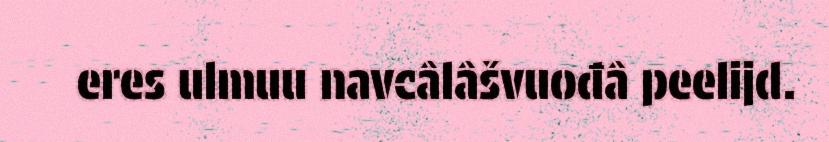
eres ulmuu navcâlâšvuođâ peelijd.